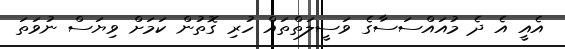
އެއީ އެ ދެ މުއައްސަސާގެ ވަސީލަތްތައް ހުރި ގޮތުން ކަމަށް ވިޔަސް ނުވަތަ